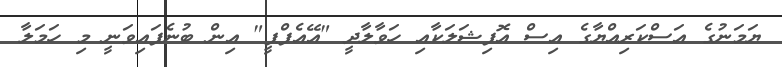
ޔަމަނުގެ އަސްކަރިއްޔާގެ އިސް އޮފިޝަލަކާއި ހަވާލާދީ "އޭއެފްޕީ" އިން ބުނެފައިވަނީ މި ހަމަލާ